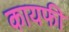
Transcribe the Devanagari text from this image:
कायफी